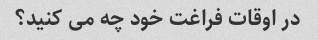
در اوقات فراغت خود چه می کنید؟